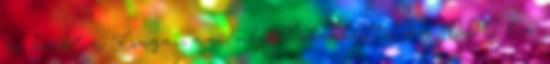
én barátom Konyai, ami még Istanbultól cca 1OOO km.